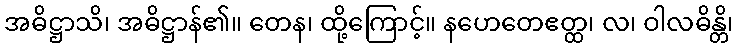
အဓိဋ္ဌာသိ၊ အဓိဋ္ဌာန်၏။ တေန၊ ထို့ကြောင့်။ နဟေတေဧတ္ထ၊ လ၊ ဝါလဓိန္တိ၊